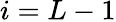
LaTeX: i=L-1